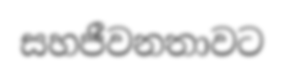
සහජීවනතාවට